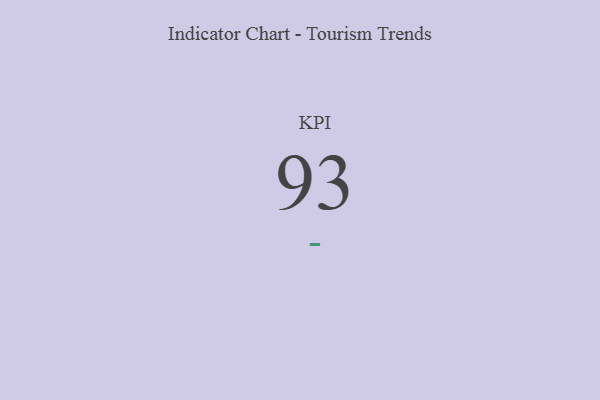
{"axis": {"x": "KPI", "y": "Value"}, "legend": [""], "data": [{"x": "KPI", "y": 93, "type": ""}]}